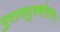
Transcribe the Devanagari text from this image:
पुराणपुरुषोत्तमः।